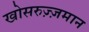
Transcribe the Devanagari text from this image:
खोसरुज़्ज़मान